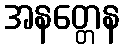
အနတ္တေန